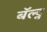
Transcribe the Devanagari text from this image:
बॅल्ट्न